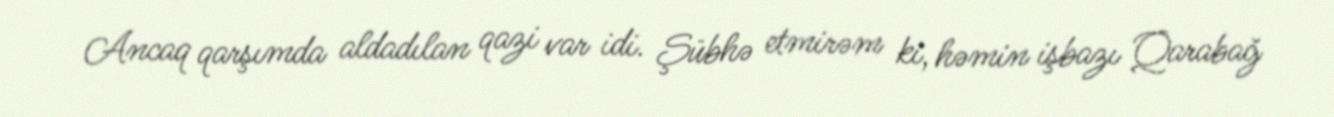
Ancaq qarşımda aldadılan qazi var idi. Şübhə etmirəm ki, həmin işbazı Qarabağ